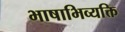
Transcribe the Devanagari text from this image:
भाषाभिव्यक्ति